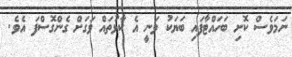
ނަމަވެސް ކޮށި ބަހައްޓާފައި ބަޔަކު ވަނީ އެ ކާޅުތައް ވަގަށް ގެންގޮސްފަ އެވެ.